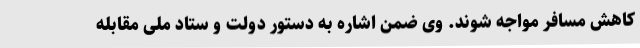
کاهش مسافر مواجه شوند. وی ضمن اشاره به دستور دولت و ستاد ملی مقابله